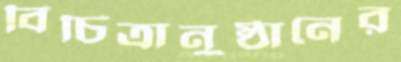
বিচিত্রানুষ্ঠানের